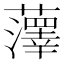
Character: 䕪